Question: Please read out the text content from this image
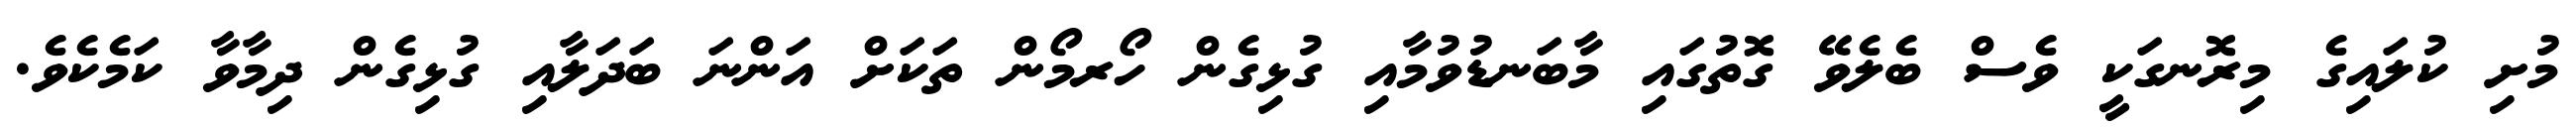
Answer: މުށި ކުލައިގެ މިރޮނގަކީ ވެސް ބެލެވޭ ގޮތުގައި މާބަނޑުވުމާއި ގުޅިގެން ހޯރމޯން ތަކަށް އަންނަ ބަދަލާއި ގުޅިގެން ދިމާވާ ކަމެކެވެ.